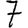
Digit: 7